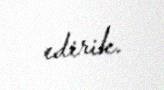
edirik.